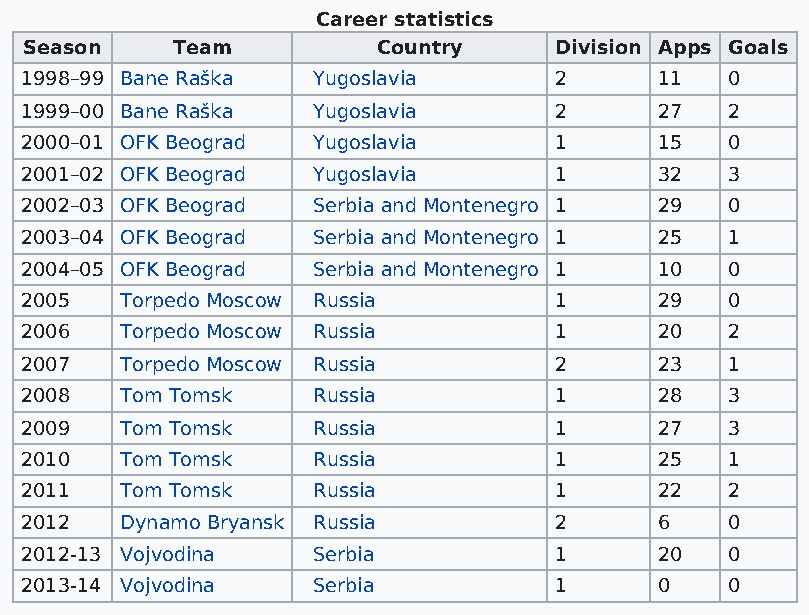
Career statistics
 Season   Team          Country     Division Apps Goals
 1998–99 Bane Raška  Yugoslavia      2      11  0
 1999–00 Bane Raška  Yugoslavia      2      27  2
 2000–01 OFK Beograd Yugoslavia      1      15  0
 2001–02 OFK Beograd Yugoslavia      1      32  3
 2002–03 OFK Beograd Serbia and Montenegro 1 29 0
 2003–04 OFK Beograd Serbia and Montenegro 1 25 1
 2004–05 OFK Beograd Serbia and Montenegro 1 10 0
 2005   Torpedo Moscow Russia        1      29  0
 2006   Torpedo Moscow Russia        1      20  2
 2007   Torpedo Moscow Russia        2      23  1
 2008   Tom Tomsk    Russia          1      28  3
 2009   Tom Tomsk    Russia          1      27  3
 2010   Tom Tomsk    Russia          1      25  1
 2011   Tom Tomsk    Russia          1      22  2
 2012   Dynamo Bryansk Russia        2      6   0
 2012-13 Vojvodina   Serbia          1      20  0
 2013-14 Vojvodina   Serbia          1      0   0